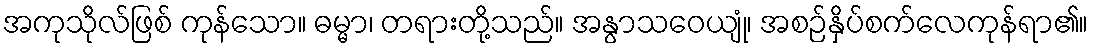
အကုသိုလ်ဖြစ် ကုန်သော။ ဓမ္မာ၊ တရားတို့သည်။ အနွာသဝေယျုံ၊ အစဉ်နှိပ်စက်လေကုန်ရာ၏။